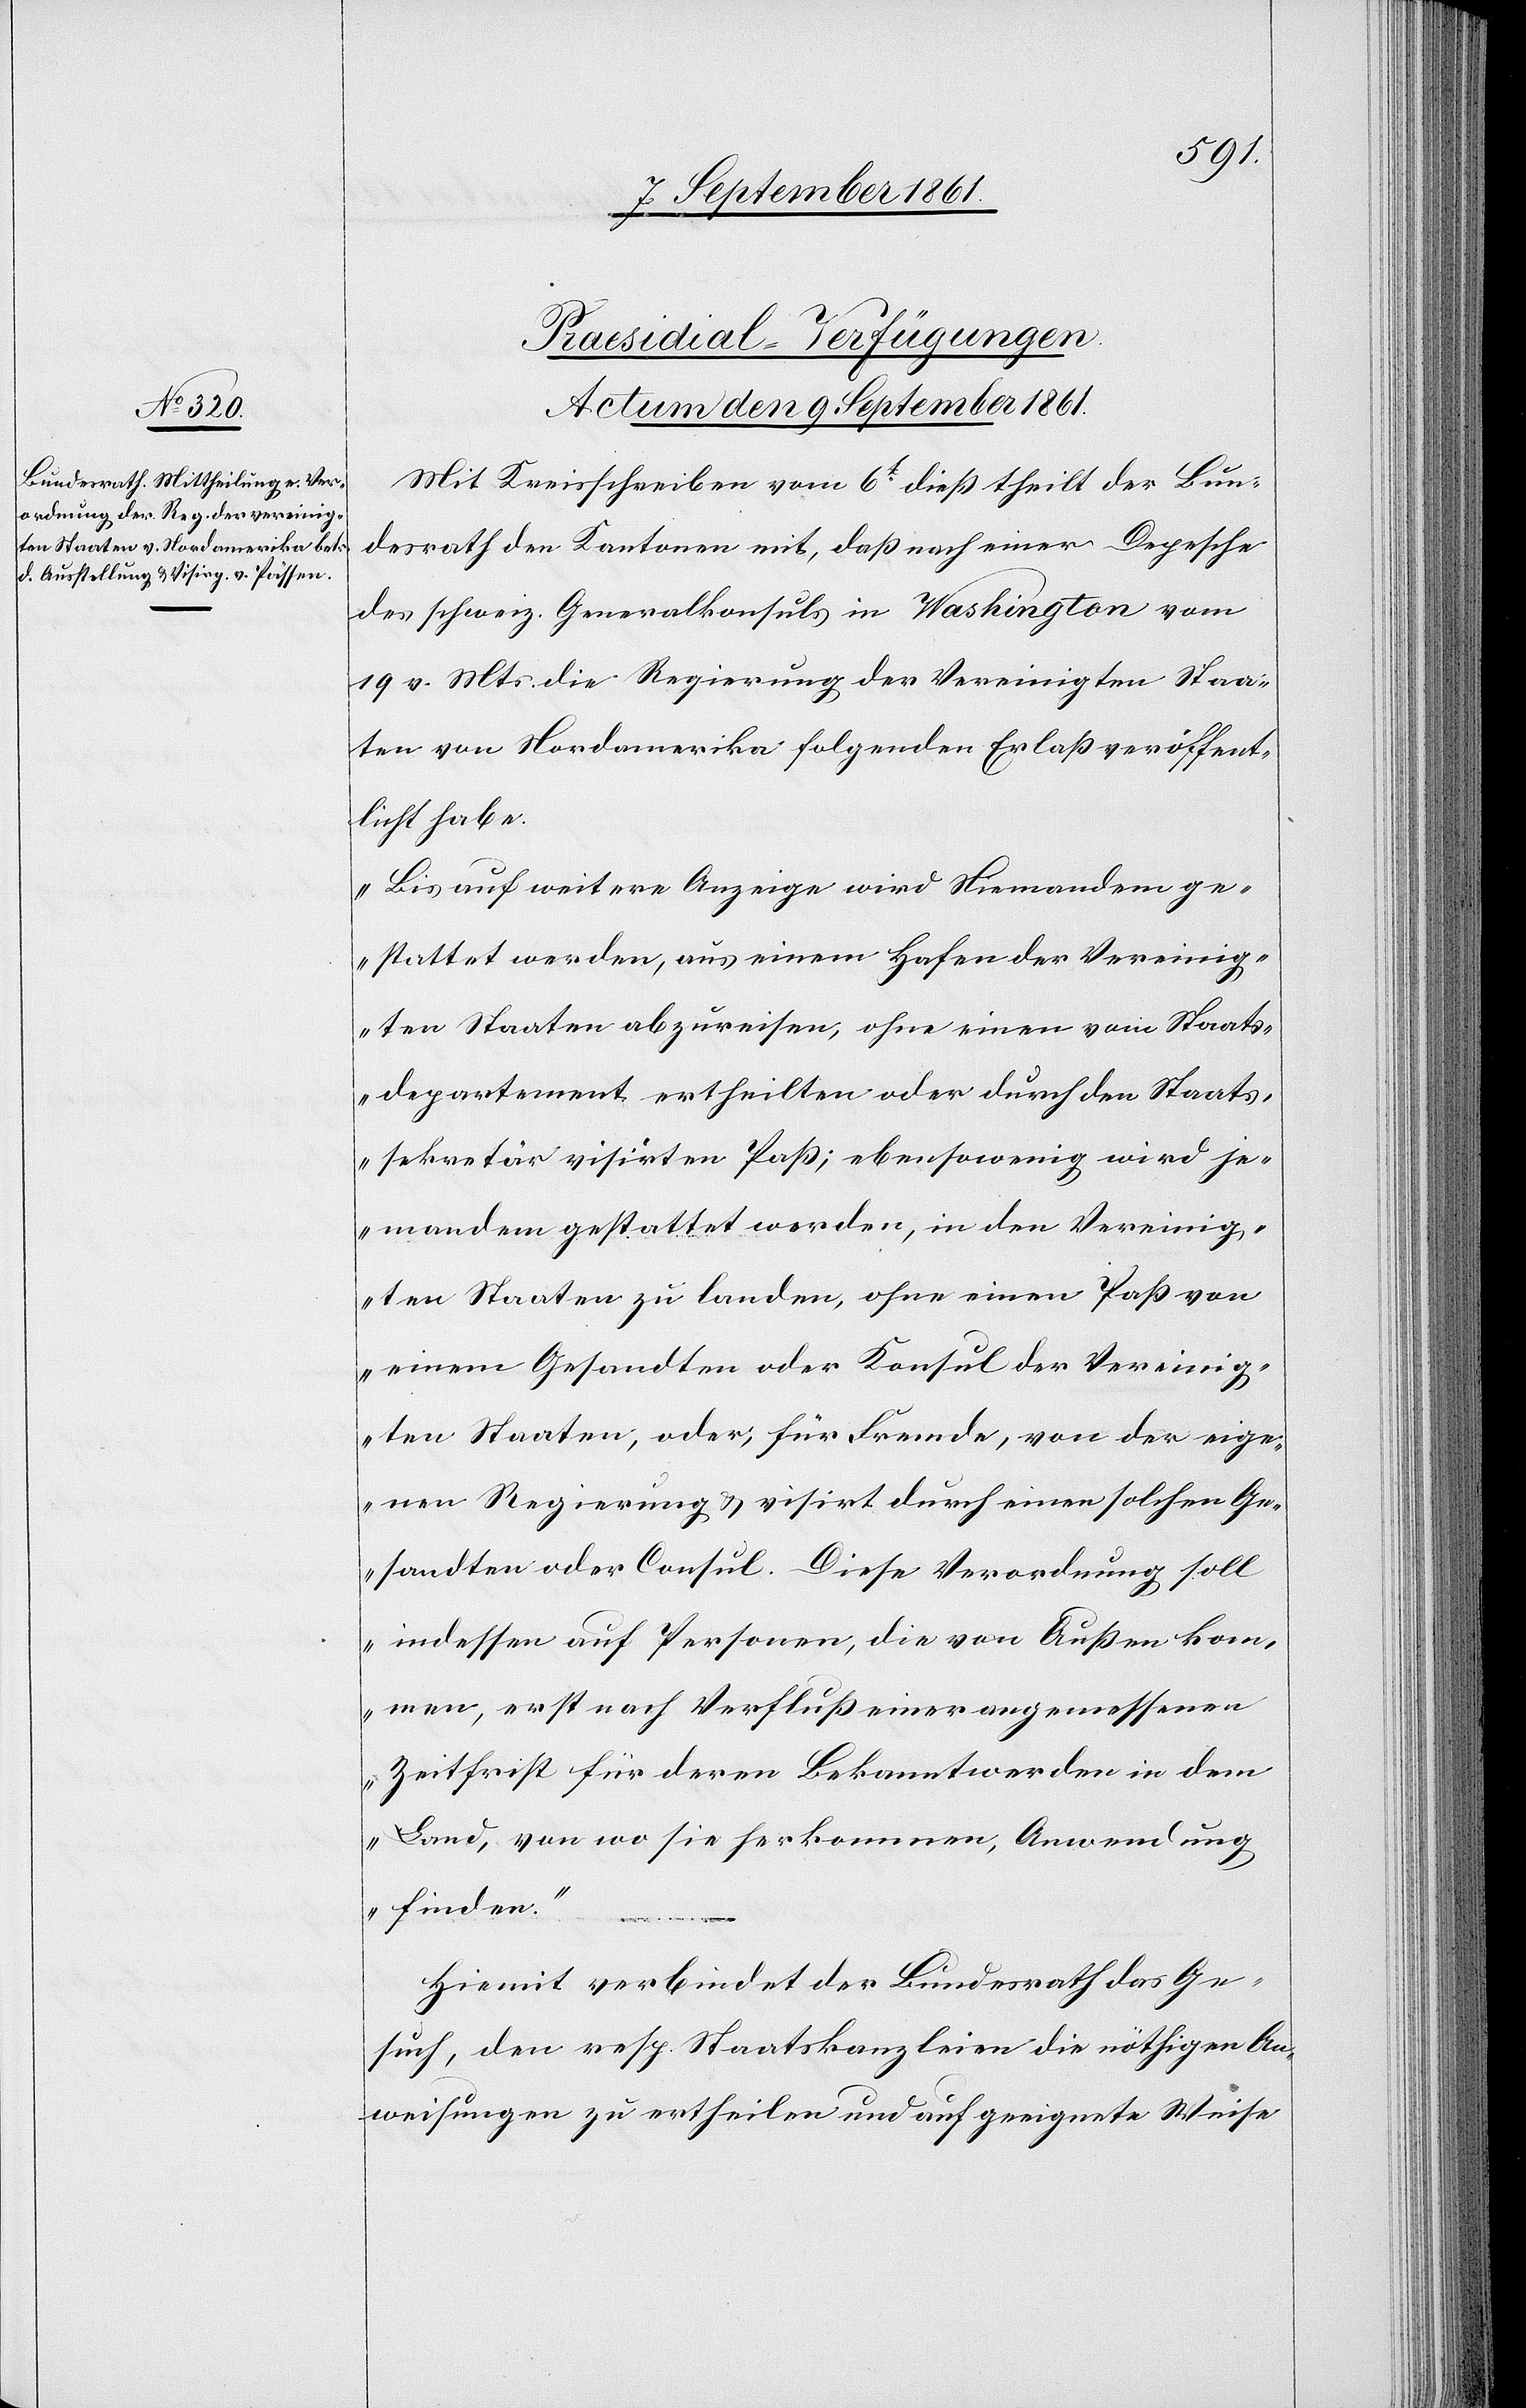
Präsidial-Verfügungen.
Actum den 9 September 1861.
Mit Kreisschreiben vom 6t dieß theilt der Bun¬
desrath den Kantonen mit, daß nach einer Depesche
des schweiz. Generalkonsuls in Washington vom
19 v. Mts. die Regierung der Vereinigten Staa¬
ten von Nordamerika folgenden Erlaß veröffent¬
licht habe.
„Bis auf weitere Anzeige wird Niemandem ge¬
stattet werden, aus einem Hafen der Vereinig¬
ten Staaten abzureisen, ohne einen vom Staats¬
departement ertheilten oder durch den Staats¬
sekretär visirten Paß; ebensowenig wird je¬
mandem gestattet werden, in den Vereinig¬
ten Staaten zu landen, ohne einen Paß von
einem Gesandten oder Konsul der Vereinig¬
ten Staaten, oder für Fremde, von der eige¬
nen Regierung u. visirt durch einen solchen Ge¬
sandten oder Consul. Diese Verordnung soll
indessen auf Personen, die von Außen kom¬
men, erst nach Verfluß einer angemessenen
Zeitfrist für deren Bekanntwerden in dem
Land, von wo sie kommen, Anwendung
finden.“
Hiermit verbindet der Bundesrath das Ge¬
such, den resp. Staatskanzleien die nöthigen An¬
weisungen zu ertheilen und auf geeignete Weise